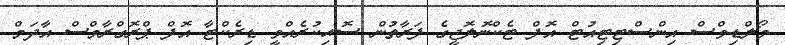
މޯލްޑިވްސް އިންސްޓިޓިއުޓް އޮފް ޓެކްނޮލޮޖީގެ ފަރާތުން ސޮއިކުރެއްވީ ޑިރެކްޓާ އޮފް ޕްރޮގްރާމްސް އާދަމް